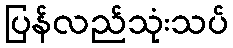
ပြန်လည်သုံးသပ်